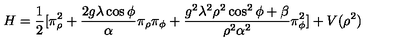
H = \frac { 1 } { 2 } [ \pi _ { \rho } ^ { 2 } + \frac { 2 g \lambda \cos \phi } { \alpha } \pi _ { \rho } \pi _ { \phi } + \frac { g ^ { 2 } \lambda ^ { 2 } \rho ^ { 2 } \cos ^ { 2 } \phi + \beta } { \rho ^ { 2 } \alpha ^ { 2 } } \pi _ { \phi } ^ { 2 } ] + V ( \rho ^ { 2 } )